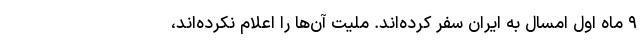
۹ ماه اول امسال به ایران سفر کرده‌اند. ملیت آن‌ها را اعلام نکرده‌اند،